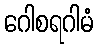
ဂေါစရဂါမံ